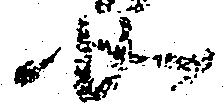
如